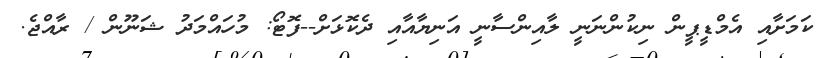
ކަމަށާއި އެމްޑީޕީން ނިކުންނަނީ ލާއިންސާނީ އަނިޔާއާއި ދެކޮޅަށް--ފޮޓޯ: މުހައްމަދު ޝަނޫން / ރާއްޖެ.